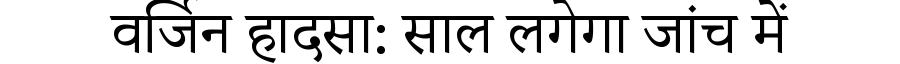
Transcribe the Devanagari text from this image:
वर्जिन हादसा: साल लगेगा जांच में